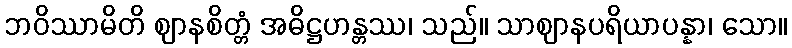
ဘဝိဿာမိတိ ဈာနစိတ္တံ အဓိဋ္ဌဟန္တဿ၊ သည်။ သာဈာနပရိယာပန္နာ၊ သော။